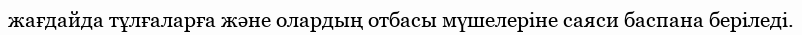
жағдайда тұлғаларға және олардың отбасы мүшелеріне саяси баспана беріледі.